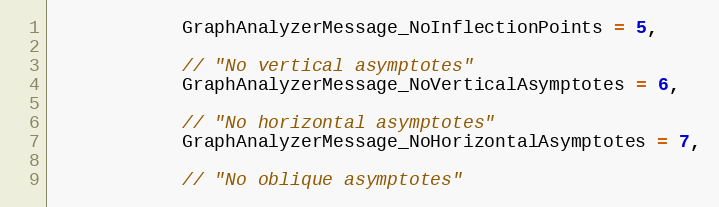
Language: C
            GraphAnalyzerMessage_NoInflectionPoints = 5,

            // "No vertical asymptotes"
            GraphAnalyzerMessage_NoVerticalAsymptotes = 6,

            // "No horizontal asymptotes"
            GraphAnalyzerMessage_NoHorizontalAsymptotes = 7,

            // "No oblique asymptotes"